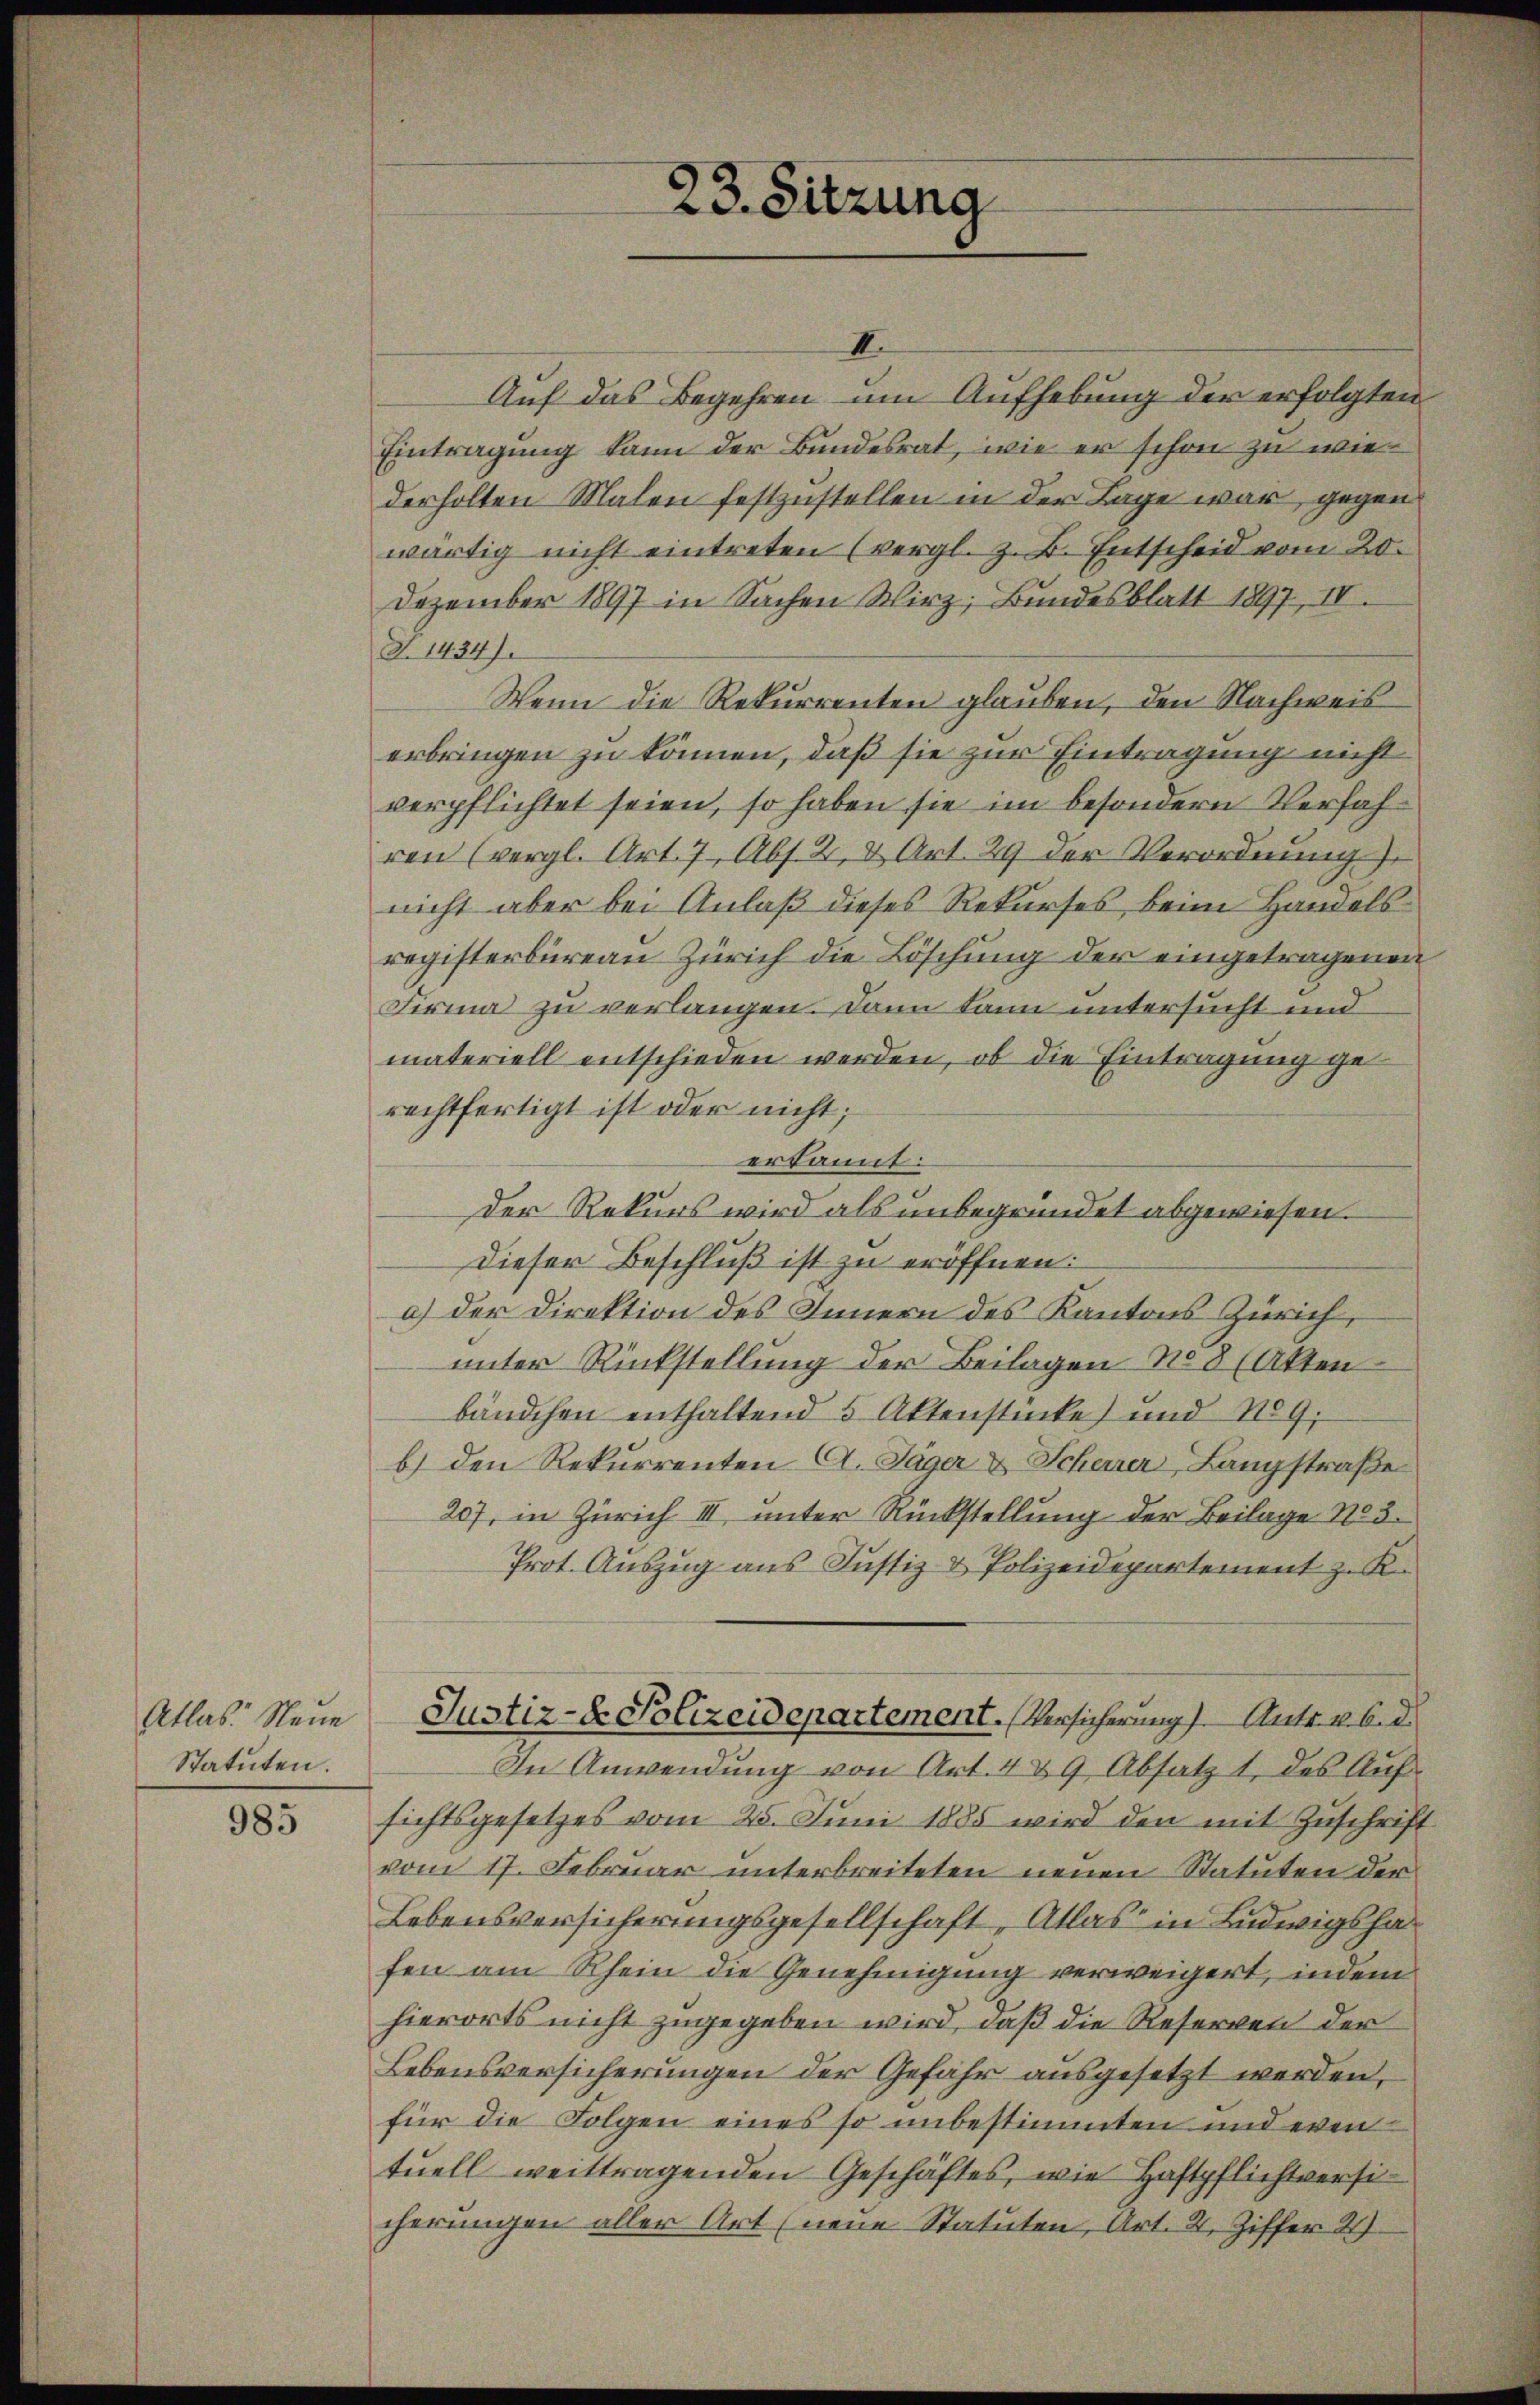
Atlas Neue
Statuten.

985

23. Sitzung

II.
Auf das Begehren um Aufhebung der erfolgten
Eintragung kann der Bundesrat, wie er schon zu wiederholten Malen festzustellen in der Lage war, gegen
wärtig nicht eintreten (vergl. z. B. Entscheid vom 20.
Dezember 1897 in Sachen Wirz; Bundesblatt 1897, IV.
T. 1434).
Wenn die Rekurrenten glauben, den Nachweis
erbringen zu können, daß sie zur Eintragung nicht
verpflichtet seien, so haben sie im besondern Verfahren (vergl. Art. 7 Abs. 2, & Art. 29 der Verordnung
nicht aber bei Anlaß dieses Rekurses, beim Handelsregisterbureau Zürich die Löschung der eingetragenen
Firma zu verlangen. Dann kann untersucht und
materiell entschieden werden, ob die Eintragung gerechtfertigt ist oder nicht;
erkannt:
Der Rekurs wird als unbegründet abgewiesen.
Dieser Beschluß ist zu eröffnen.
a) der Direktion des Innern des Kantons Zürich,
unter Rückstellung der Beilagen No 8 (Akten
bändchen enthaltend 5 Aktenstücke) und No9;
b) den Rekurrenten A. Täger & Scheiner Langstraße
207, in Zürich III unter Rückstellung der Beilage No 3.
Prot. Auszug aus Justiz & Polizeidepartement z. K.
Justiz- & Polizeidepartement. Versicherung). Antr. v. 6. d.
In Anwendung von Art. 489 Absatz 1 des Aufsichtsgesetzes vom 25. Juni 1885 wird den mit Zuschrift
vom 17. Februar unterbreiteten neuen Statuten der
Lebensversicherungsgesellschaft, Atlas in Ludwigsha
fen am Rhein die Genehmigung verweigert, indem
hierorts nicht zugegeben wird, daß die Reserven der
Lebensversicherungen der Gefähr ausgesetzt werden,
für die Folgen eines so unbestimmten und even
tuell weittragenden Geschäftes, wie Haftpflichtversicherungen aller Art (neue Statuten, Art. 4, Ziffer 21